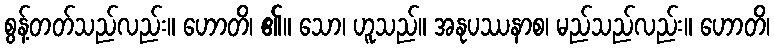
စွန့်တတ်သည်လည်း။ ဟောတိ၊ ၏။ သော၊ ဟူသည်။ အနုပဿနာစ၊ မည်သည်လည်း။ ဟောတိ၊